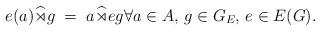
LaTeX: \begin{align*} e(a) \widehat \rtimes g \;=\; a \widehat \rtimes e g \forall a \in A,\, g \in G_E, \,e \in E(G).\end{align*}